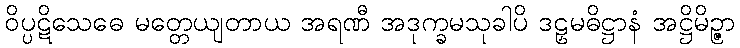
ဝိပ္ပဋိသေဓေ မတ္တေယျတာယ အရဏီ အဒုက္ခမသုခါပိ ဒဠှမဓိဋ္ဌာနံ အဋ္ဌိမိဉ္ဇာ